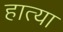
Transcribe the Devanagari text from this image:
हात्या